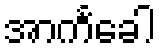
အာကင်္ခေါ